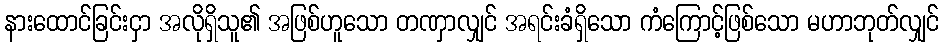
နားထောင်ခြင်းငှာ အလိုရှိသူ၏ အဖြစ်ဟူသော တဏှာလျှင် အရင်းခံရှိသော ကံကြောင့်ဖြစ်သော မဟာဘုတ်လျှင်